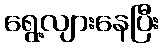
ရွေ့လျားနေပြီး